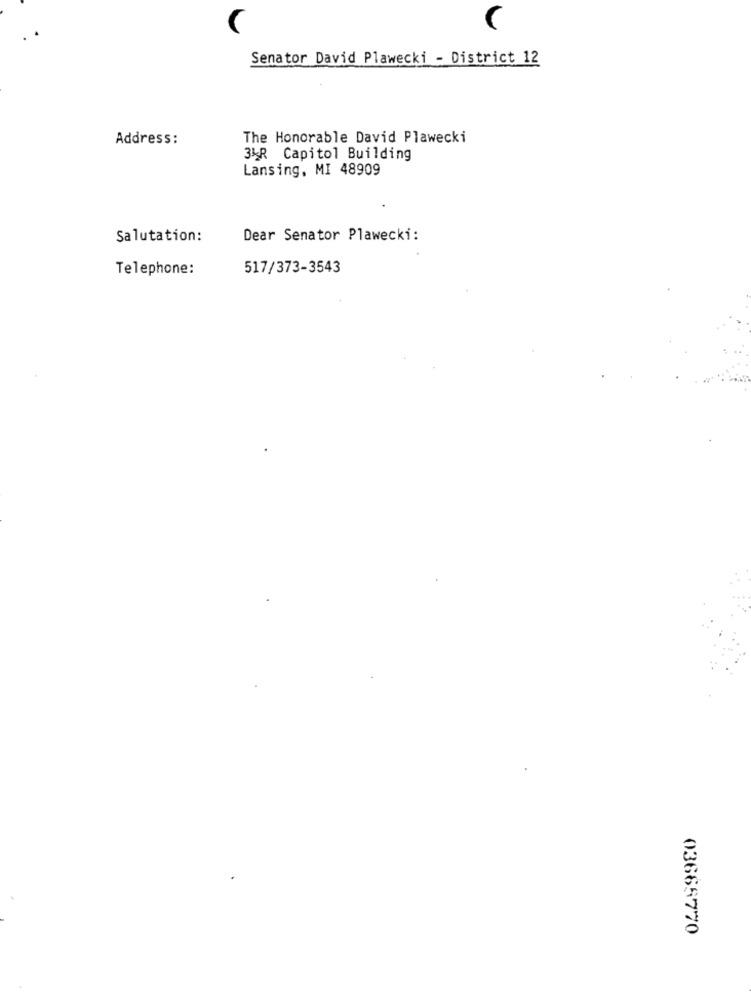
C
Senator David Plawecki - District 12
Address:
The Honorable David Plawecki
3%R Capitol Building
Lansing, MI 48909
Salutation:
Dear Senator Plawecki:
Telephone:
517/373-3543
03665770